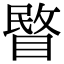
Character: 睯